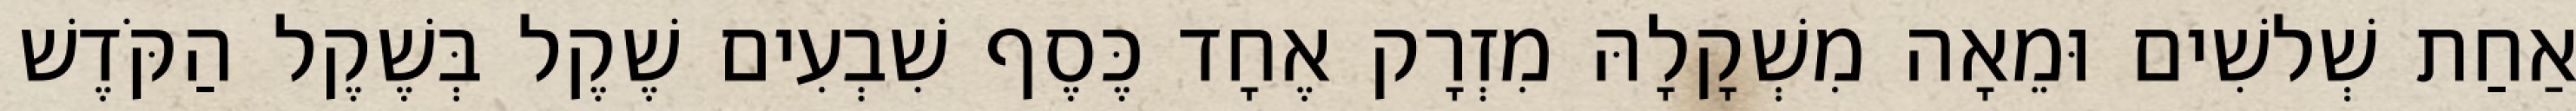
אַחַת שְׁלשִׁים וּמֵאָה מִשְׁקָלָהּ מִזְרָק אֶחָד כֶּסֶף שִׁבְעִים שֶׁקֶל בְּשֶׁקֶל הַקֹּדֶשׁ